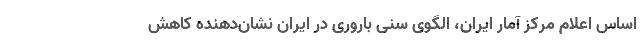
اساس اعلام مرکز آمار ایران، الگوی سنی باروری در ایران نشان‌دهنده کاهش